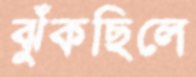
ঝুঁকছিলে